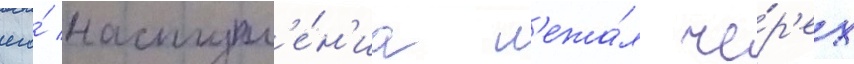
его́ наступл'е́н'иа л'ежа́л че́р'ез